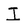
Character: I